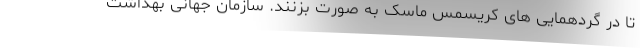
تا در گردهمایی های کریسمس ماسک به صورت بزنند. سازمان جهانی بهداشت